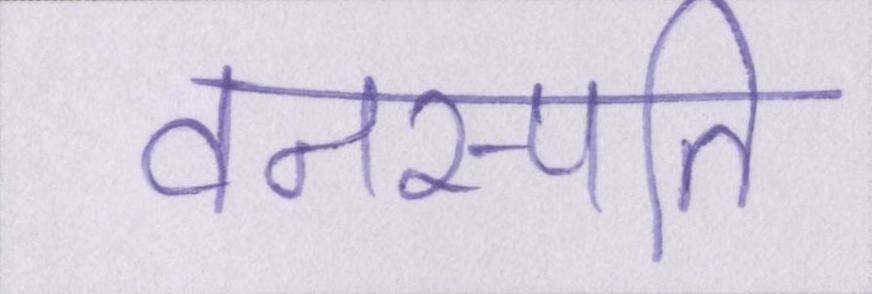
वनस्पति